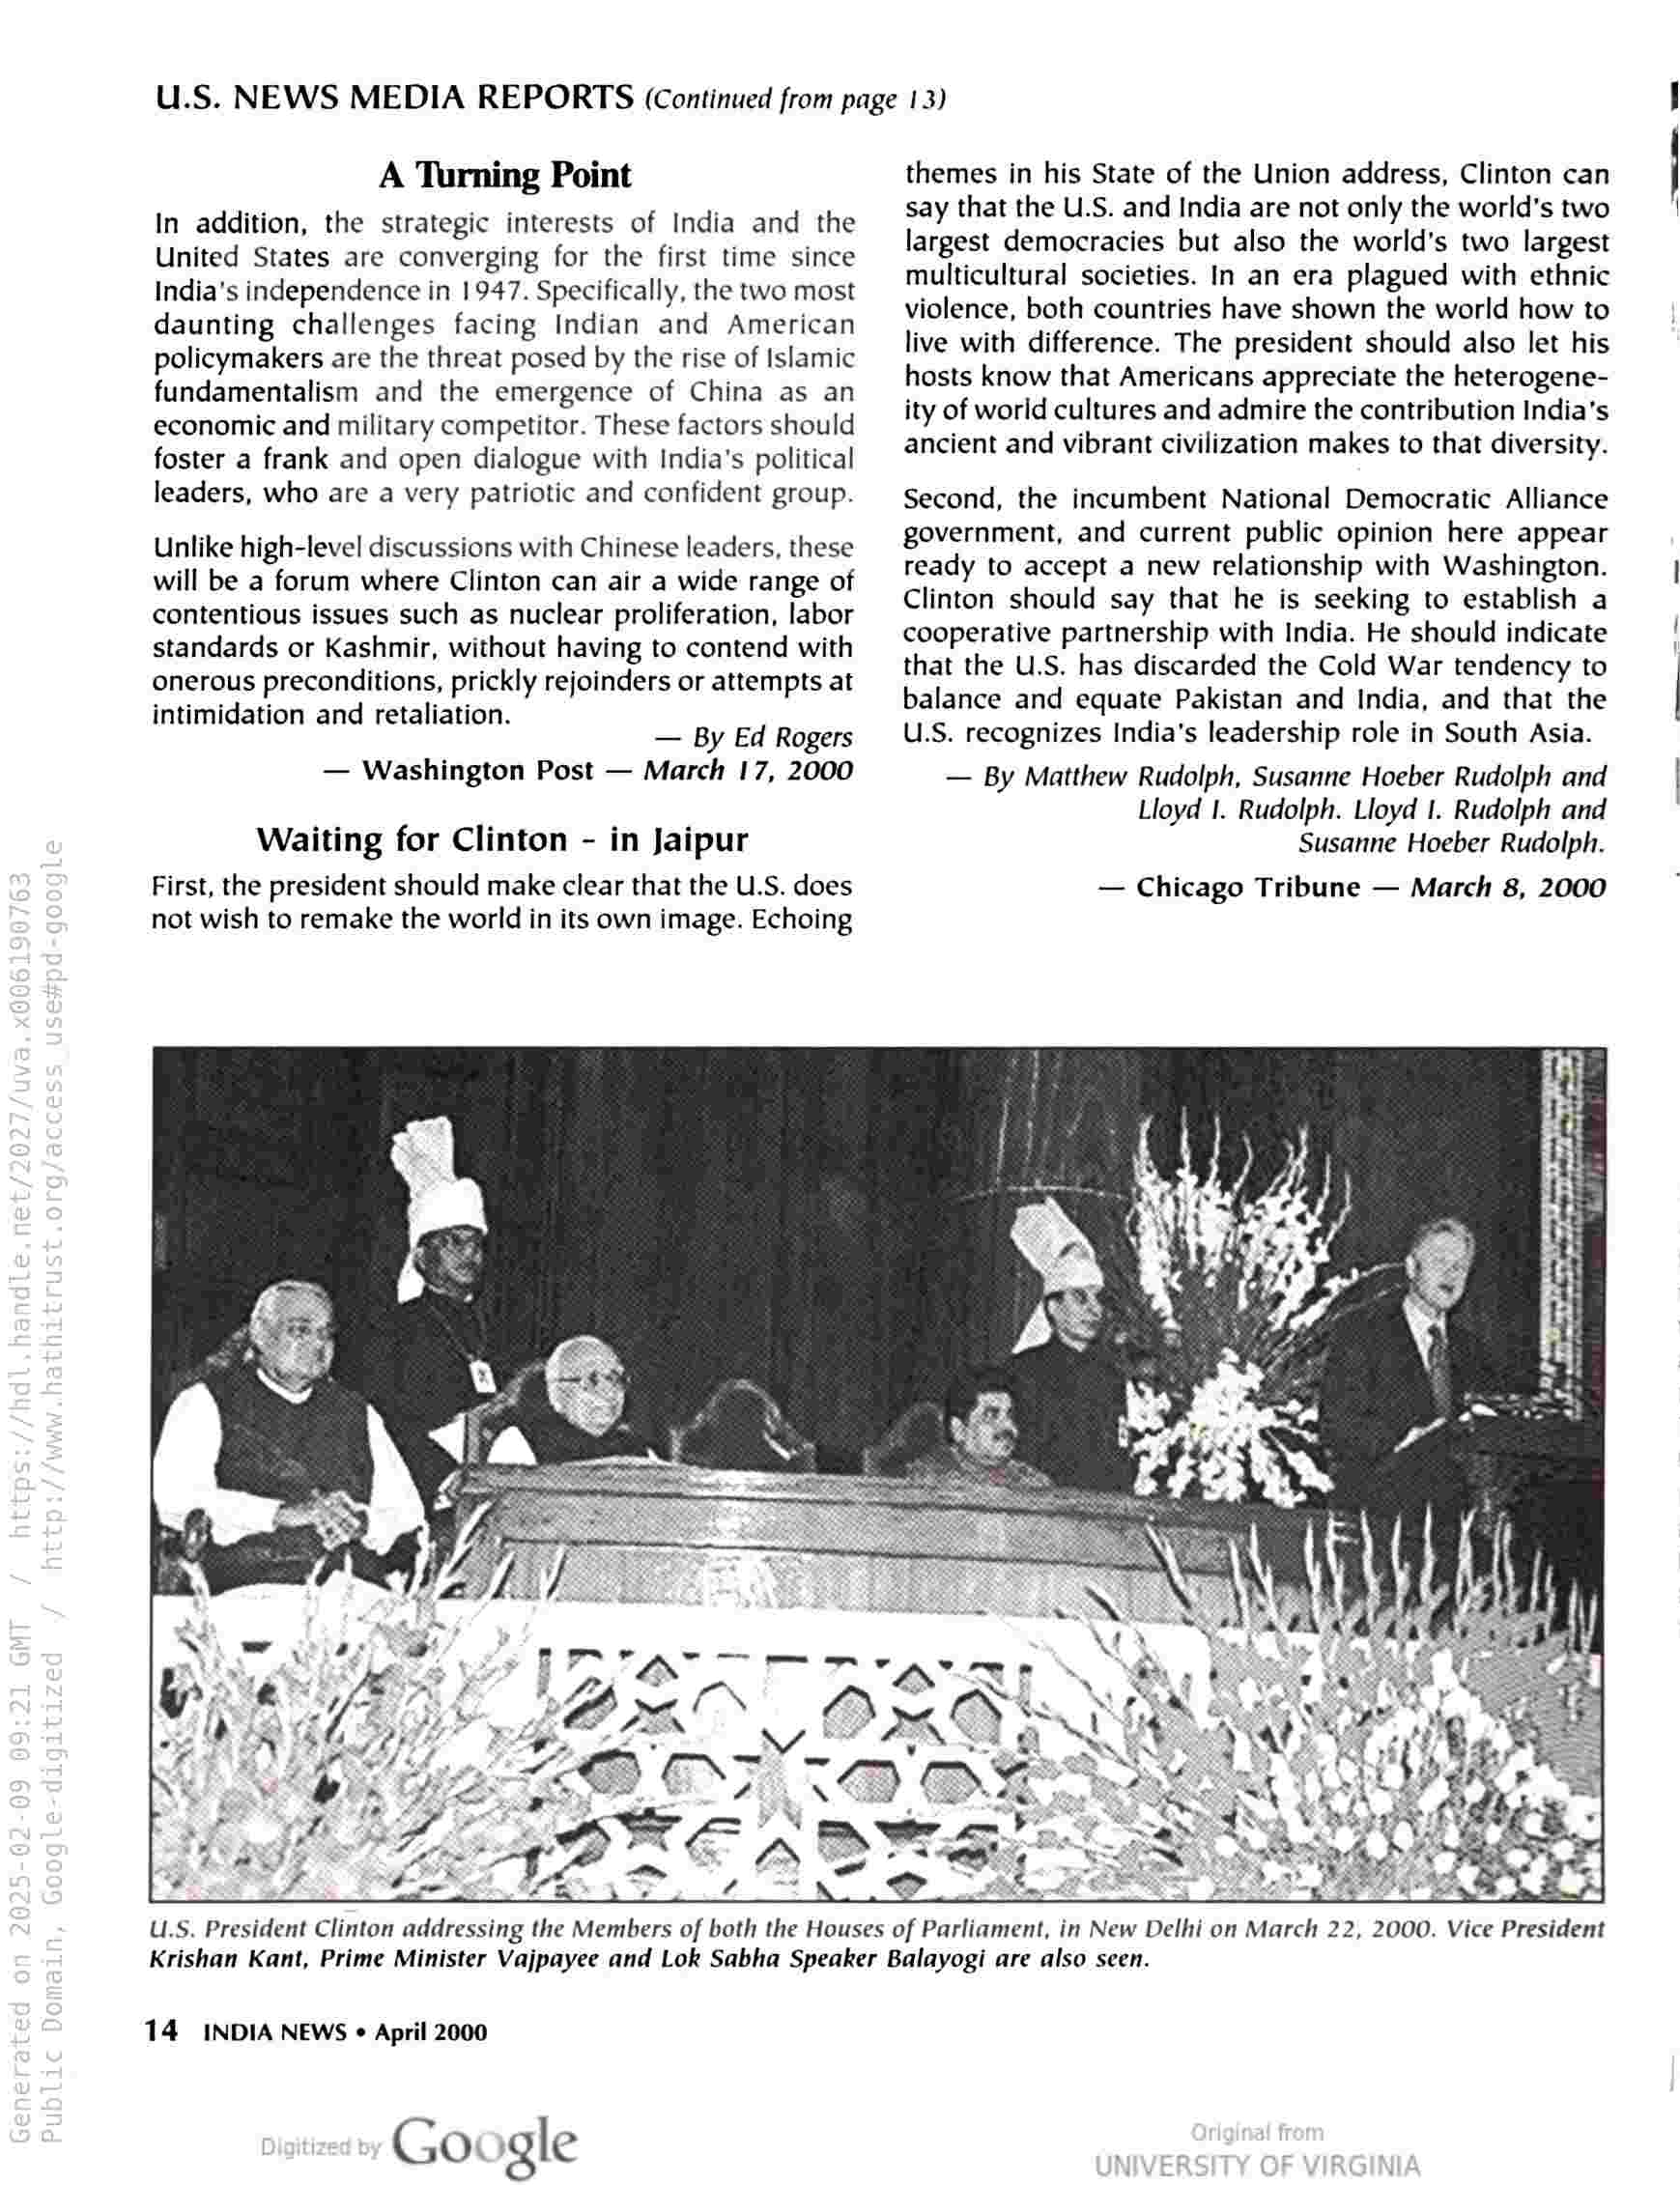
U.S. NEWS MEDIA REPORTS (Continued from page 13)

A Turning Point
In addition, the strategic interests of India and the
United States are converging for the first time since
India’s independence in 1947. Specifically, the two most
daunting challenges facing Indian and American
policymakers are the threat posed by the rise of Islamic
fundamentalism and the emergence of China as an
economic and military competitor. These factors should
foster a frank and open dialogue with India's political
leaders, who are a very patriotic and confident group.

Unlike high-level discussions with Chinese leaders, these
will be a forum where Clinton can air a wide range of
contentious issues such as nuclear proliferation, labor
standards or Kashmir, without having to contend with
onerous preconditions, prickly rejoinders or attempts at

intimidation and retaliation.
— By Ed Rogers

— Washington Post — March 17, 2000

Waiting for Clinton - in Jaipur

First, the president should make clear that the U.S. does
not wish to remake the world in its own image. Echoing

# - Z :

U.S. President Clinton addressing the Members of both the Houses of Parliament, in New Delhi on March 22, 2000. Vice President

themes in his State of the Union address, Clinton can
say that the U.S. and India are not only the world’s two
largest democracies but also the world’s two largest
multicultural societies. In an era plagued with ethnic
violence, both countries have shown the world how to
live with difference. The president should also let his
hosts know that Americans appreciate the heterogene-
ity of world cultures and admire the contribution India’s
ancient and vibrant civilization makes to that diversity.

Second, the incumbent National Democratic Alliance
government, and current public opinion here appear
ready to accept a new relationship with Washington.
Clinton should say that he is seeking to establish a
cooperative partnership with India. He should indicate
that the U.S. has discarded the Cold War tendency to
balance and equate Pakistan and India, and that the
U.S. recognizes India’s leadership role in South Asia.

— By Matthew Rudolph, Susanne Hoeber Rudolph and
Lloyd I. Rudolph. Lloyd 1. Rudolph and
Susanne Hoeber Rudolph.

— Chicago Tribune — March 8, 2000

Krishan Kant, Prime Minister Vajpayee and Lok Sabha Speaker Balayogi are also seen.

14 INDIA NEWS « April 2000

Google